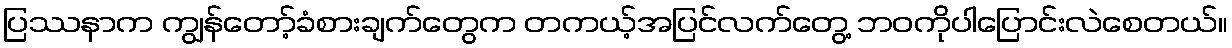
ပြဿနာက ကျွန်တော့်ခံစားချက်တွေက တကယ့်အပြင်လက်တွေ့ ဘဝကိုပါပြောင်းလဲစေတယ်။